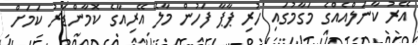
އޭރު ކާނަލްއެއްގެ މަގާމުގައި ހުރި ޕާޕާ ފަހުން މާލޭ އޭރިއާގެ ކޮމާންޑަރު ކަމަށް